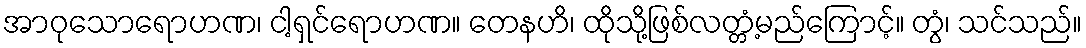
အာဝုသောရောဟဏ၊ ငါ့ရှင်ရောဟဏ။ တေနဟိ၊ ထိုသို့ဖြစ်လတ္တံ့မည်ကြောင့်။ တွံ၊ သင်သည်။